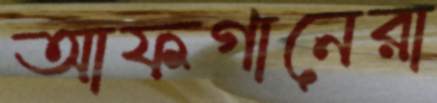
আফগানেরা